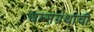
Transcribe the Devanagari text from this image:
धम्मग्रंथाची